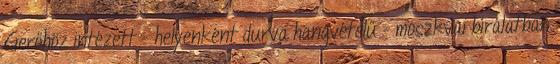
Gerőhöz intézett - helyenként durva hangvételű - moszkvai bírálatban